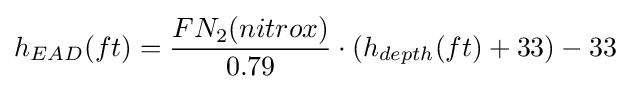
h_{EAD}(ft)={\frac {FN_{2}(nitrox)}{0.79}}\cdot (h_{depth}(ft)+33)-33